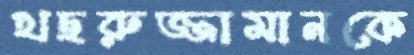
খছরুজ্জামানকে